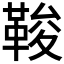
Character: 𩊻